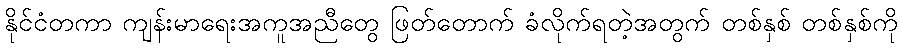
နိုင်ငံတကာ ကျန်းမာရေးအကူအညီတွေ ဖြတ်တောက် ခံလိုက်ရတဲ့အတွက် တစ်နှစ် တစ်နှစ်ကို